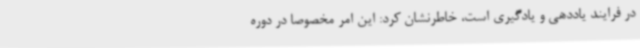
در فرایند یاددهی و یادگیری است، خاطرنشان کرد: این امر مخصوصاً در دوره